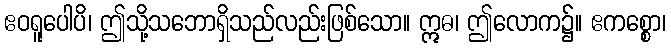
ဧဝရူပေါပိ၊ ဤသို့သဘောရှိသည်လည်းဖြစ်သော။ ဣဓ၊ ဤလောက၌။ ဧကစ္စော၊